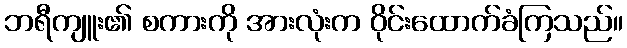
ဘရီကျူး၏ စကားကို အားလုံးက ဝိုင်းထောက်ခံကြသည်။